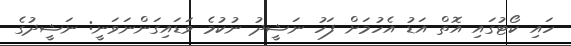
ހައި ކޯޓުގައި އޮތް އަޑު އެހުމަށް ފަހު ނަޝީދު ނުކުމެ ވަޑައިގަންނަވަނީ: ނަޝީދުގެ